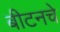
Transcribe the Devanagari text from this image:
बीटनचे